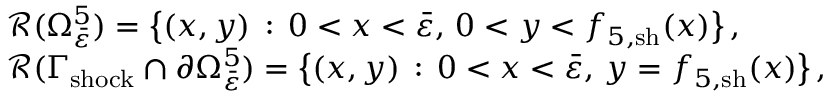
\begin{array} { r l } & { \mathcal { R } ( \Omega _ { \bar { \varepsilon } } ^ { 5 } ) = \big \{ ( x , y ) \, : \, 0 < x < \bar { \varepsilon } , \, 0 < y < { f } _ { 5 , \mathrm { s h } } ( x ) \big \} \, , } \\ & { \mathcal { R } ( \Gamma _ { \mathrm { s h o c k } } \cap \partial \Omega _ { \bar { \varepsilon } } ^ { 5 } ) = \big \{ ( x , y ) \, : \, 0 < x < \bar { \varepsilon } , \, y = { f } _ { 5 , \mathrm { s h } } ( x ) \big \} \, , } \end{array}